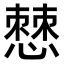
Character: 𭞧